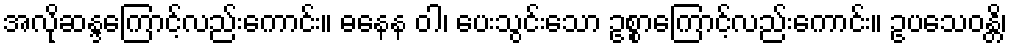
အလိုဆန္ဒကြောင့်လည်းကောင်း။ ဓနေန ဝါ၊ ပေးသွင်းသော ဥစ္စာကြောင့်လည်းကောင်း။ ဥပသေဝန္တိ၊